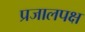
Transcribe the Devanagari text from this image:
प्रजालपक्ष